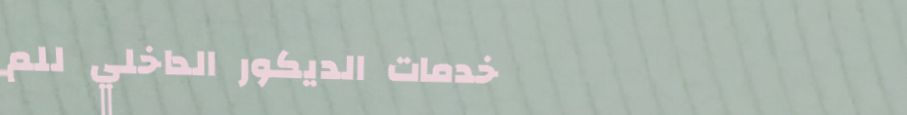
خدمات الديكور الداخلي للم